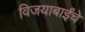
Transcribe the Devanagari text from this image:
विजयाबाईंचे